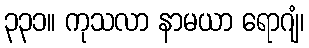
၃၃၁။ ကုသလာ နာမယာ ရောဂျံ၊